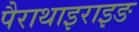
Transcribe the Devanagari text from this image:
पैराथाइराइङ